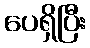
ပေရှိပြီး